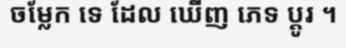
ចម្លែក ទេ ដែល ឃើញ ភេទ ប្តូរ ។